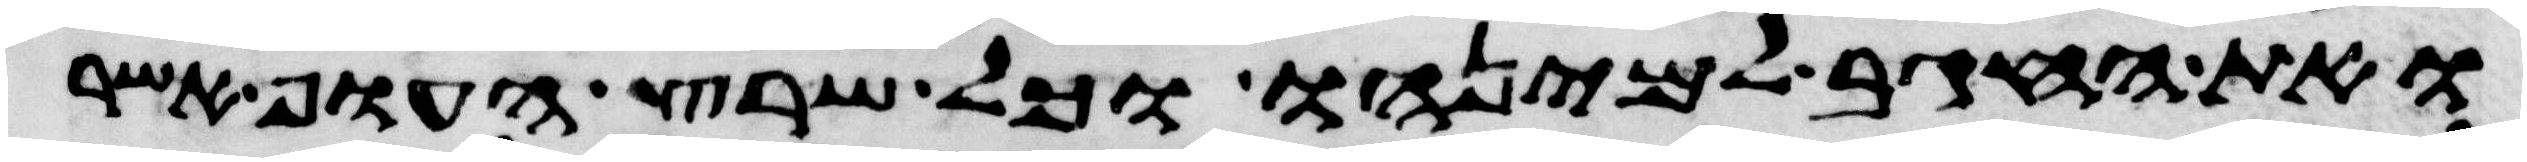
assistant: ואת החגב למינהו וכל שרץ העוף אשר